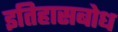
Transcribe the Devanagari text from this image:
इतिहासबोध